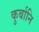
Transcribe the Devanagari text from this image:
कुर्बानि